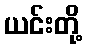
ယင်းတို့